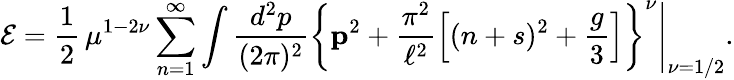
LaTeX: {\cal E}=\frac{1}{2}\, \mu^{1-2\nu}\sum_{n=1}^{\infty}\int\frac{d^{2}p}{(2\pi)^{2}}\left\{ {\mathbf p}^{2}+\frac{\pi^{2}}{\ell^{2}}\left[(n+s)^{2}+\frac{g}{3}\right]\right\} ^{\nu}\Bigg|_{\nu=1/2}.